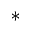
^ *